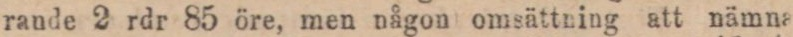
rande 2 rdr 85 öre, men någon omsättning att nämna